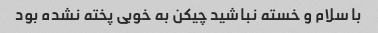
با سلام و خسته نباشید چیکن به خوبی پخته نشده بود